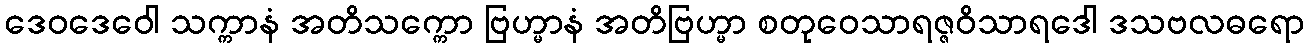
ဒေဝဒေဝေါ သက္ကာနံ အတိသက္ကော ဗြဟ္မာနံ အတိဗြဟ္မာ စတုဝေသာရဇ္ဇဝိသာရဒေါ ဒသဗလဓရော